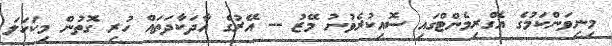
މިނިވަންކަމުގެ އެގްރިމެންޓްގައި ސޮއިކުރެވުނު މޭޒު -- އޭރުގެ އާދަކާދަތައް ހުރި ގޮތުން މިކަހަލަ